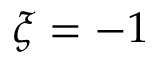
\xi = - 1